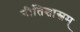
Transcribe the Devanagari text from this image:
नीतिशास्त्रम्‌